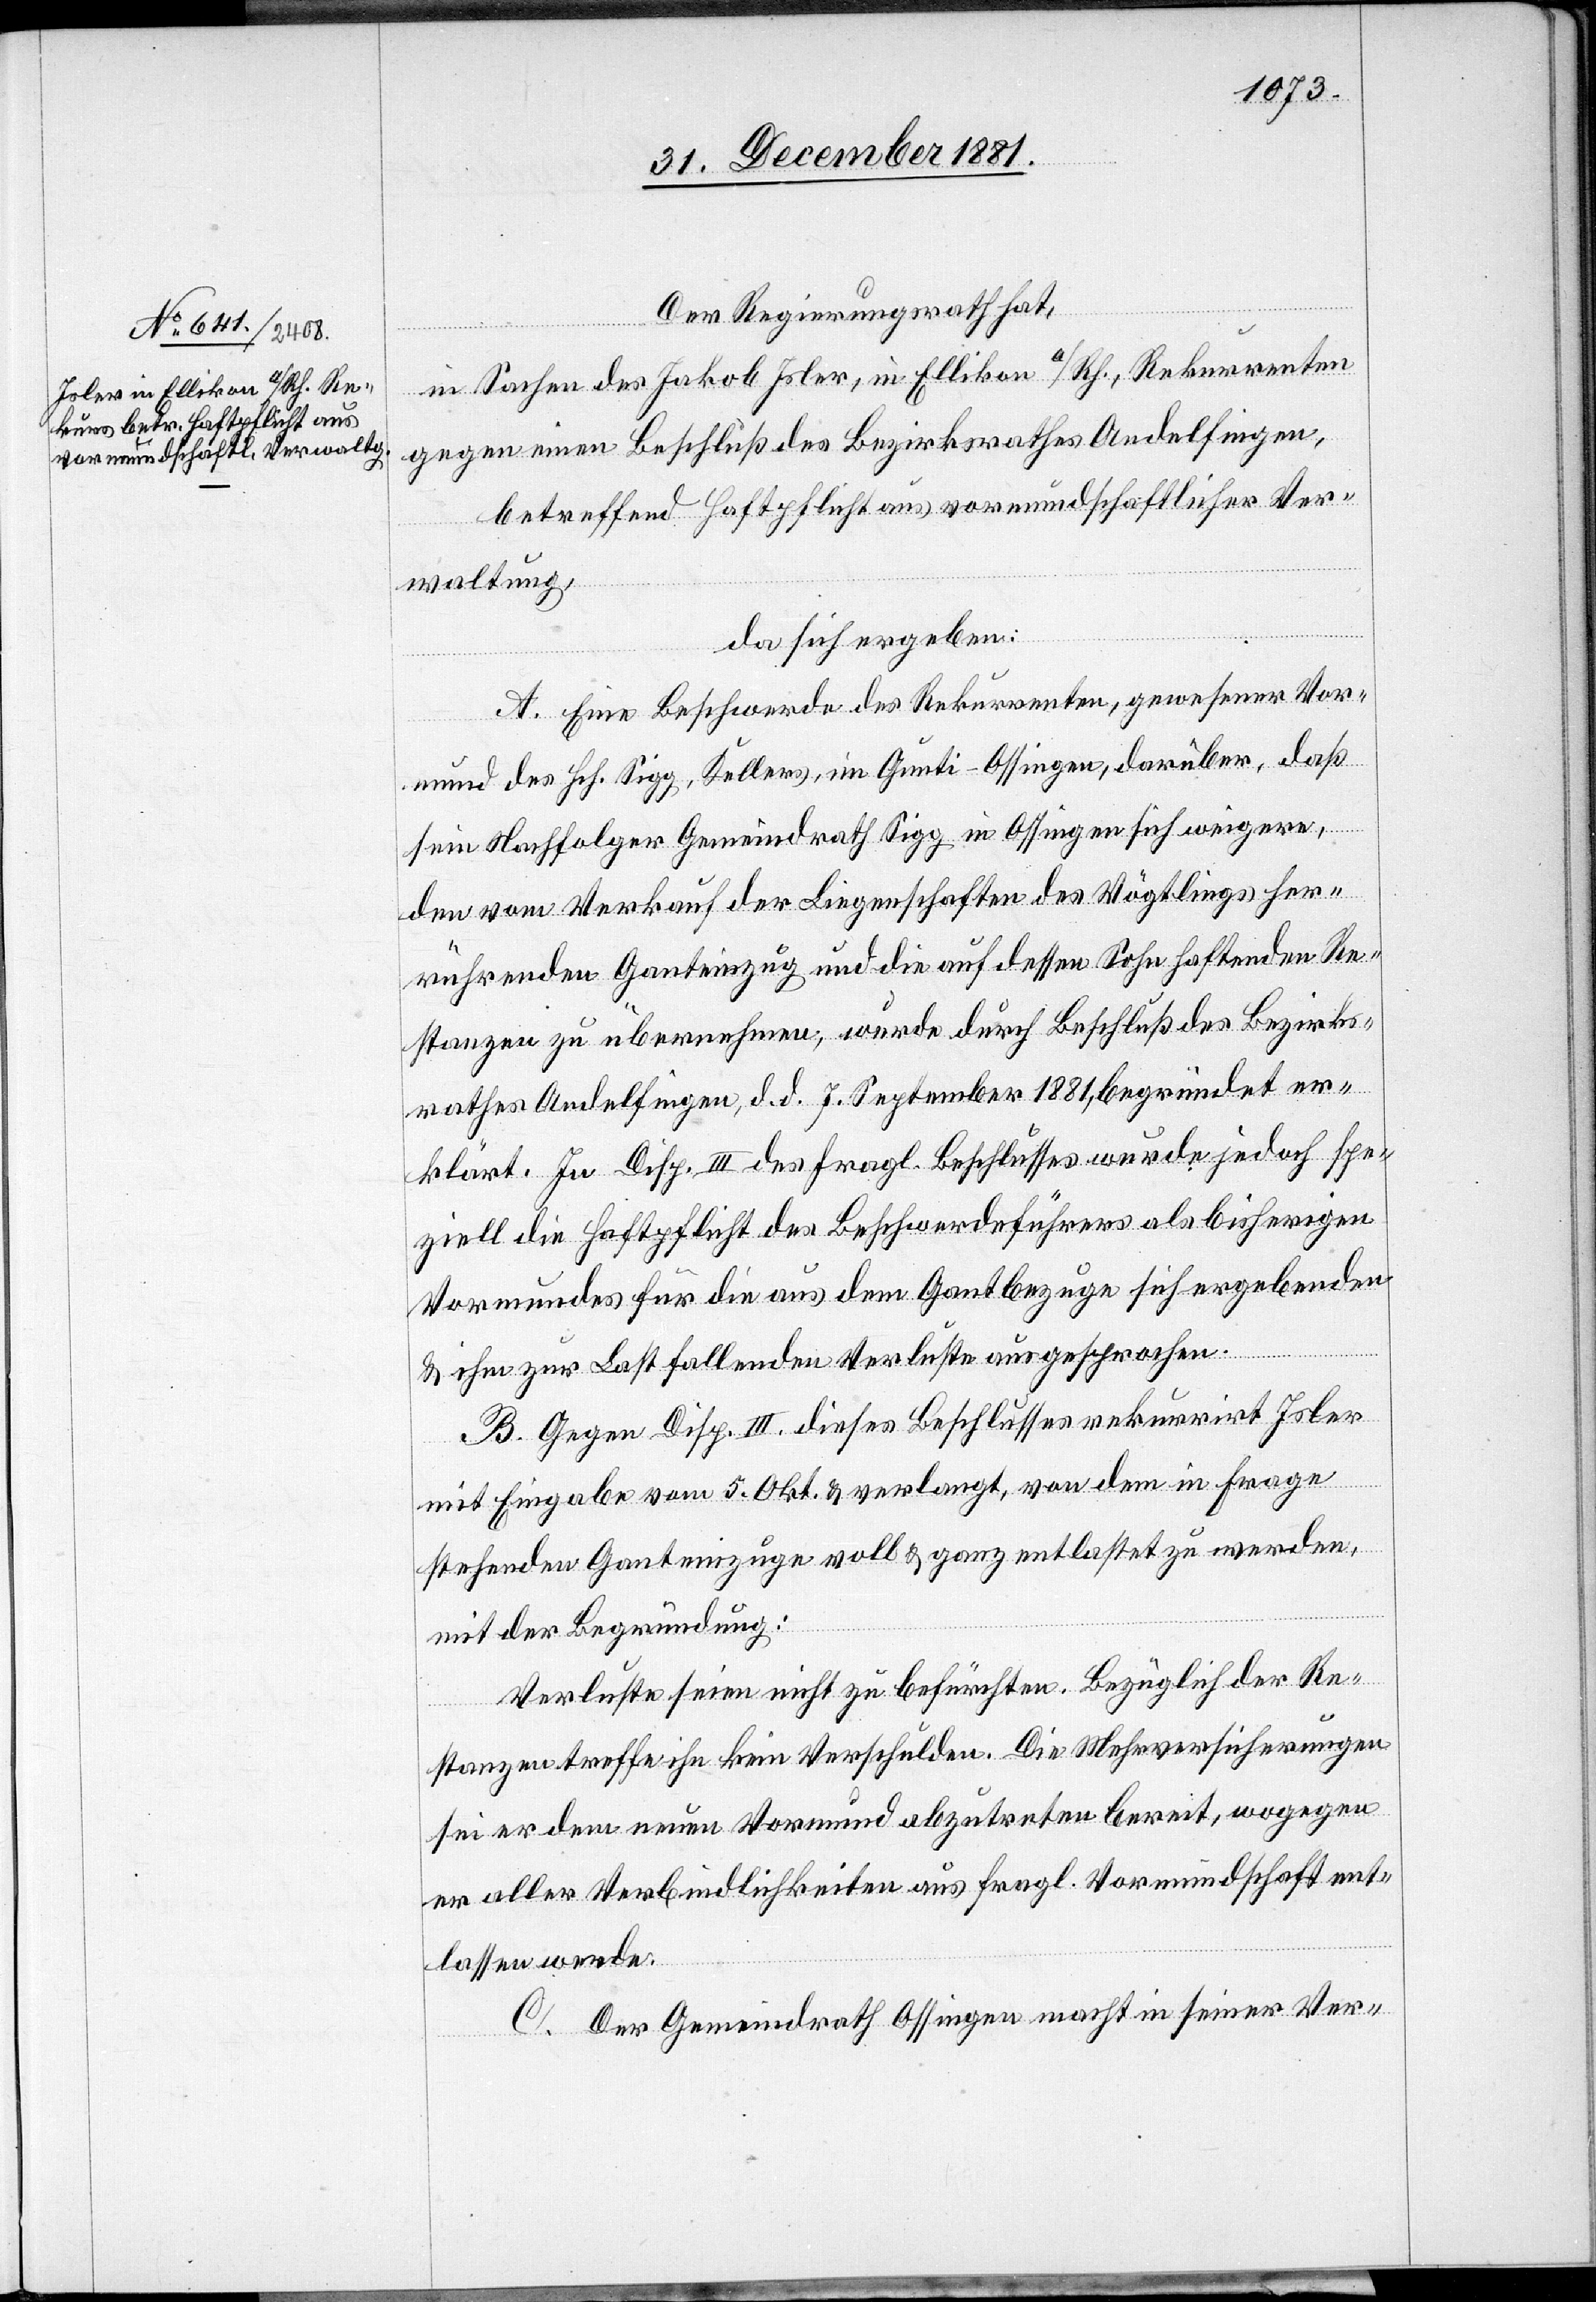
Der Regierungsrath hat,
in Sachen des Jakob Isler, in Ellikon a/Rh., Rekurrenten
gegen einen Beschluß des Bezirksrathes Andelfingen,
betreffend Haftpflicht aus vormundschaftlicher Ver¬
waltung,
da sich ergeben:
A. Eine Beschwerde des Rekurrenten, gewesener Vor¬
mund des Hch. Sigg, Kellers, im Gunti - Ossingen, darüber, daß
sein Nachfolger Gemeindrath Sigg in Ossingen sich weigere,
den vom Verkauf der Liegenschaften des Vögtlings her¬
rührenden Ganteinzug und die auf dessen Sohn haftenden Re¬
stanzen zu übernehmen, wurde durch Beschluß des Bezirks¬
rathes Andelfingen, d. d. 7. September 1881, begründet er¬
klärt. In Disp. III des fragl. Beschlusses wurde jedoch spe¬
ziell die Haftpflicht des Beschwerdeführers als bisherigen
Vormundes für die aus dem Gantbezuge sich ergebenden
& ihm zur Last fallenden Verluste ausgesprochen.
B. Gegen Disp. III dieses Beschlusses rekurrirt Isler
mit Eingabe vom 5. Okt. & verlangt, von dem in Frage
stehenden Ganteinzuge voll & ganz entlastet zu werden,
mit der Begründung:
Verluste seien nicht zu befürchten. Bezüglich der Re¬
stanzen treffe ihn kein Verschulden. Die Mehrversicherungen
sei dem neuen Vormund abzutreten bereit, wogegen
er aller Verbindlichkeiten aus fragl. Vormundschaft ent¬
lassen werde.
C. Der Gemeindrath Ossingen macht in seiner Ver-